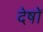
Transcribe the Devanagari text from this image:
देषों